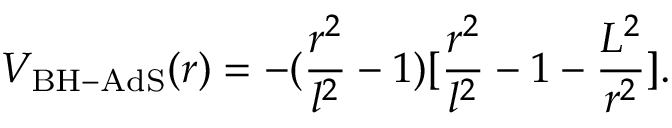
V _ { \mathrm { B H - A d S } } ( r ) = - ( \frac { r ^ { 2 } } { l ^ { 2 } } - 1 ) [ \frac { r ^ { 2 } } { l ^ { 2 } } - 1 - \frac { L ^ { 2 } } { r ^ { 2 } } ] .